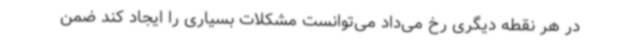
در هر نقطه دیگری رخ می‌داد می‌توانست مشکلات بسیاری را ایجاد کند ضمن